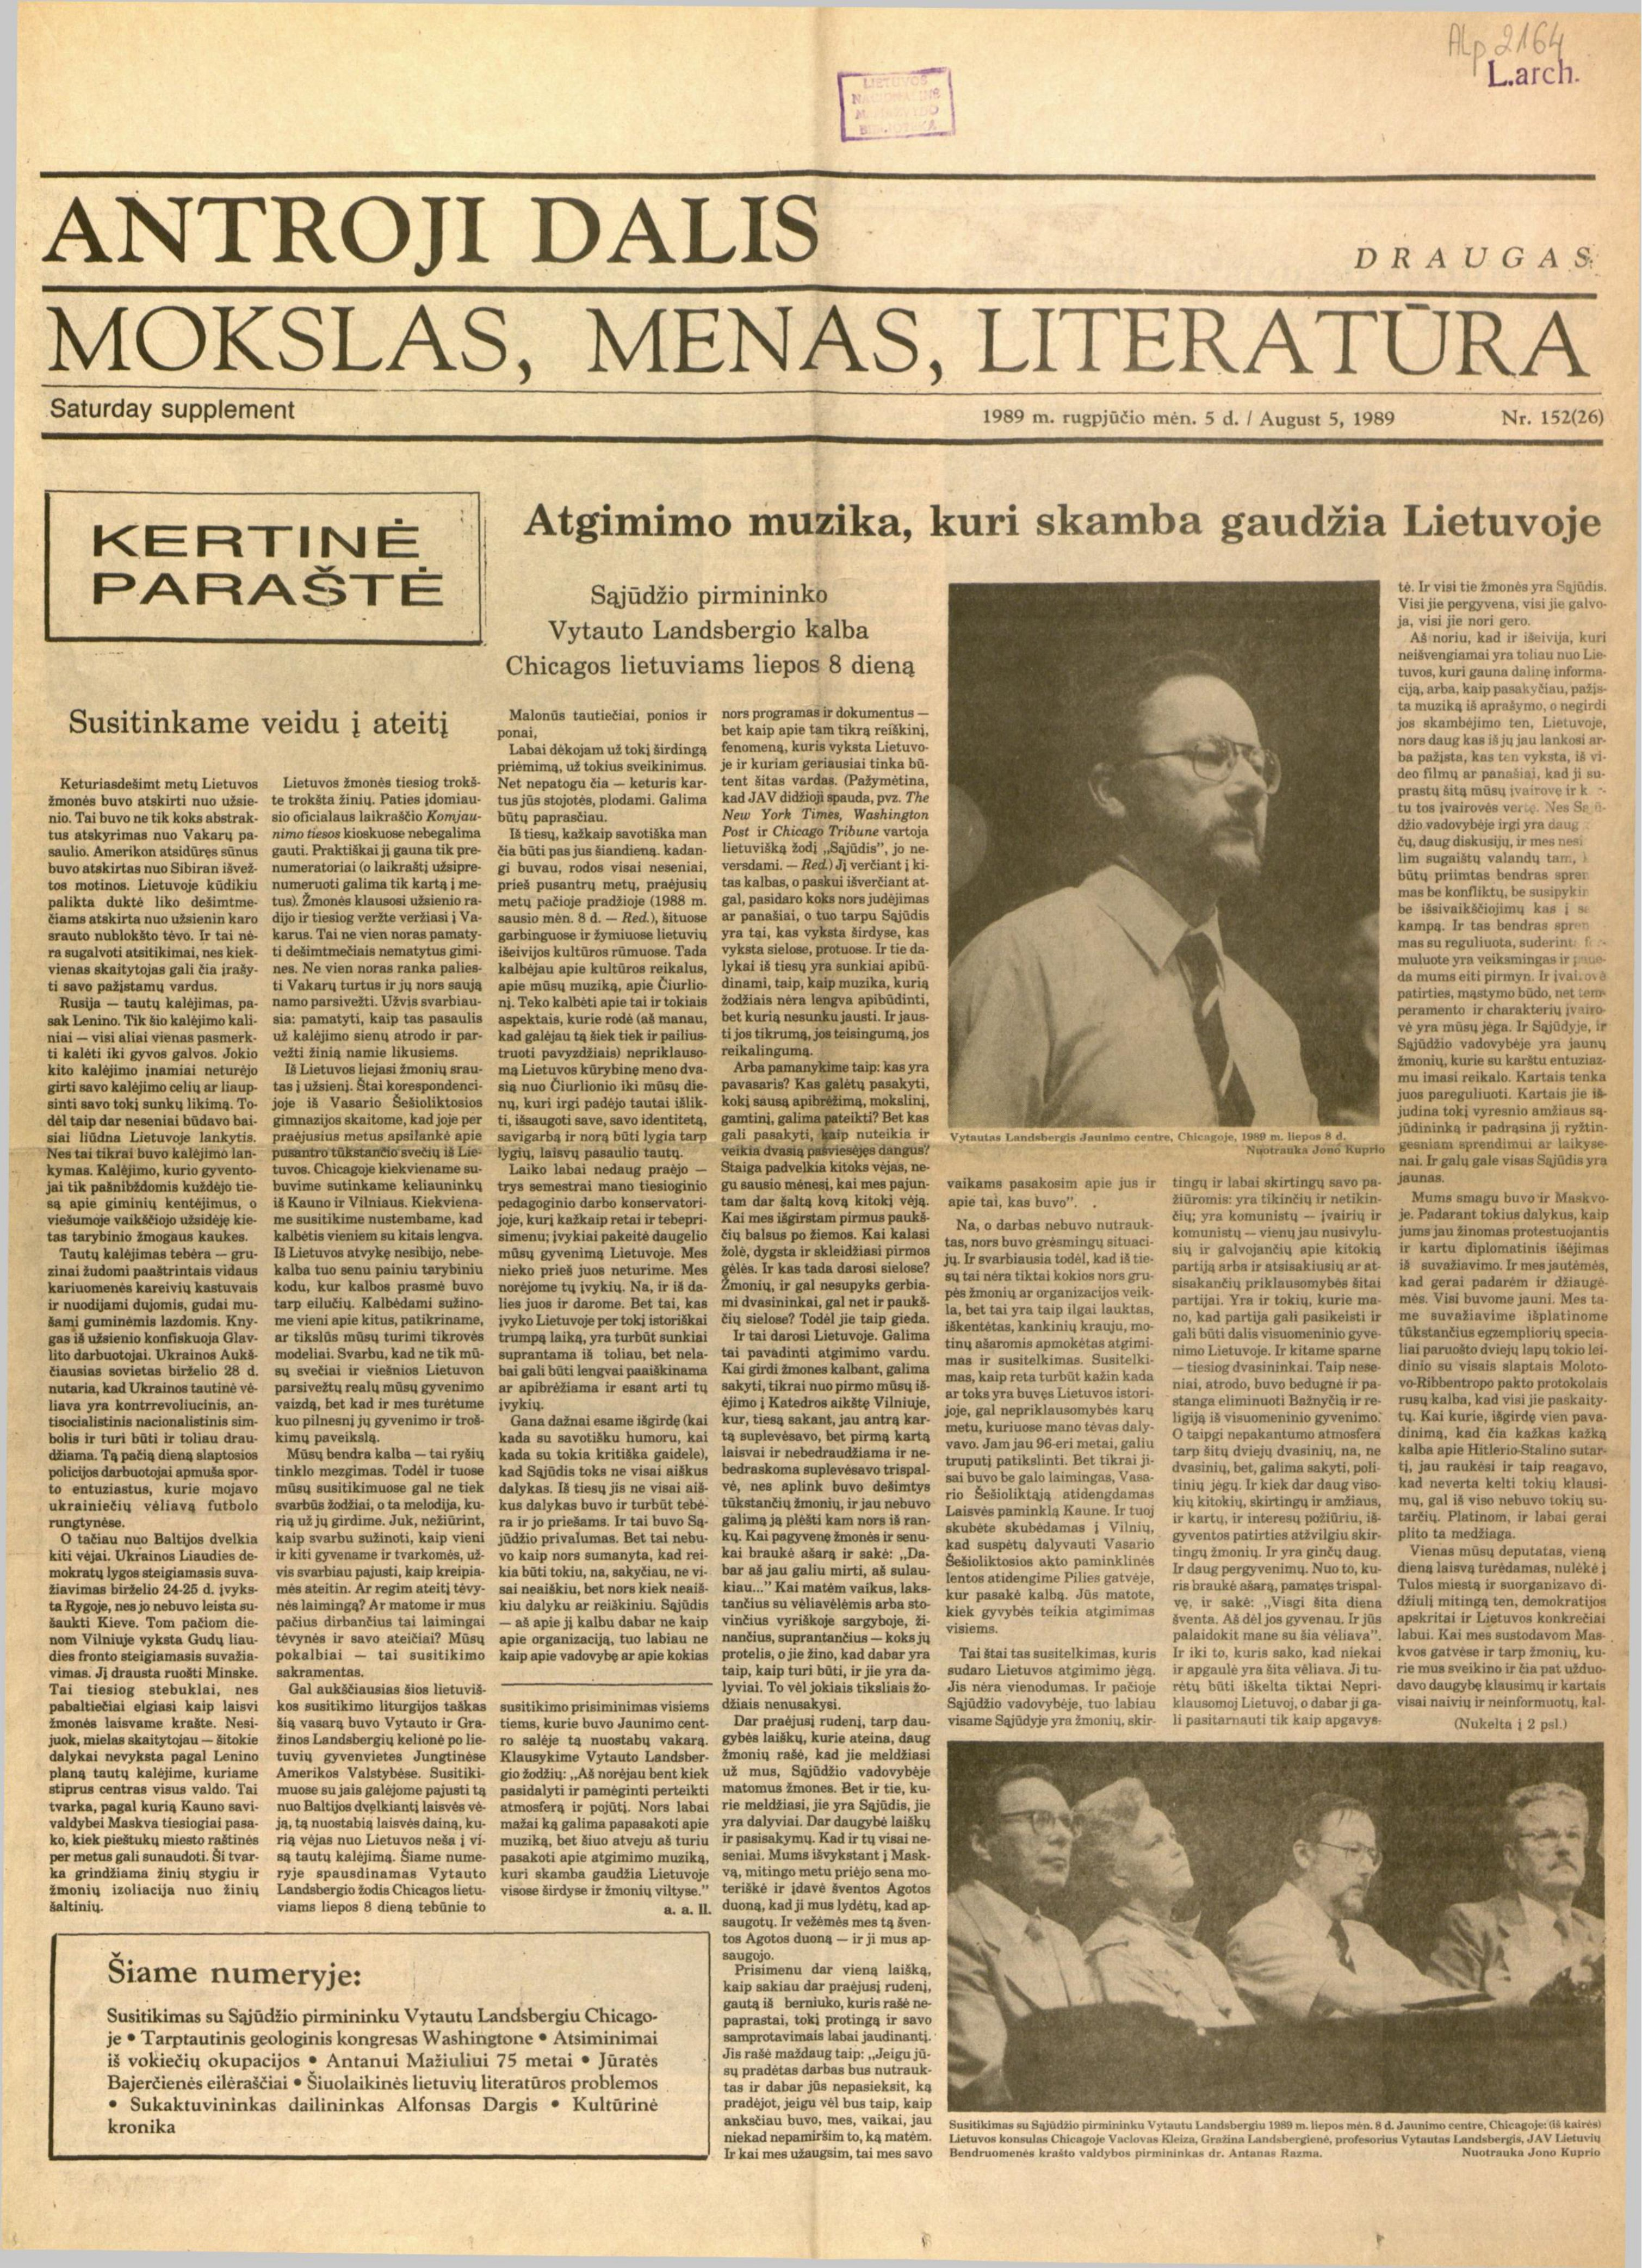
Language: lt